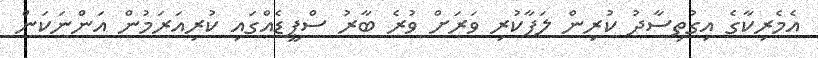
އެމެރިކާގެ އިގުތިސާދު ކުރިން ލަފާކުރި ވަރަށް ވުރެ ބާރު ސްޕީޑެއްގައި ކުރިއަރަމުން އަންނަކަން